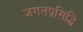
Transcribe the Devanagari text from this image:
जगतप्रसिद्धि